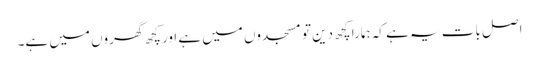
اصل بات یہ ہے کہ ہمارا کچھ دین تو مسجدوں میں ہے اور کچھ گھروں میں ہے۔